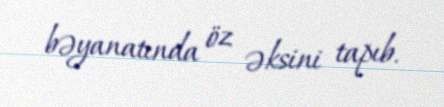
bəyanatında öz əksini tapıb.